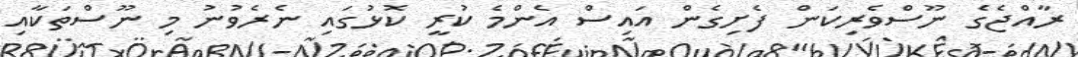
ރާއްޖެގެ ނޫސްވެރިކަން ފެށިގެން އައިސް އެންމެ ކުރީ ކޮޅުގައި ނެރެވުނު މި ނޫސްތަކާއި